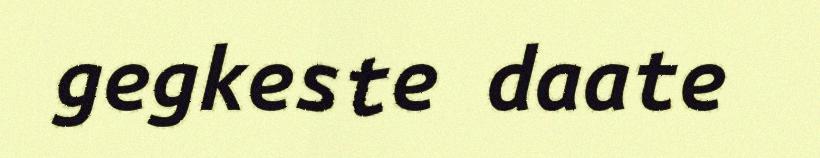
gegkeste daate